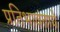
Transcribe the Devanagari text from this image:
प्रतिभावंताचे